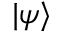
| \psi \rangle